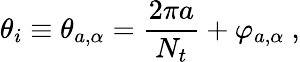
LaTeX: \theta_{i}\equiv\theta_{a,\alpha}={\frac{2\pi a}{N_{t}}}+\varphi_{a,\alpha}~,